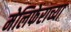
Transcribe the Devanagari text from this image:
मेलिफेराच्या